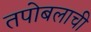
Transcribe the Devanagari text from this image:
तपोबलाची